Annual report of the Punjab Veterinary College and of the Civil Veterinary Department, Punjab - 1926-1932
Year: 1926
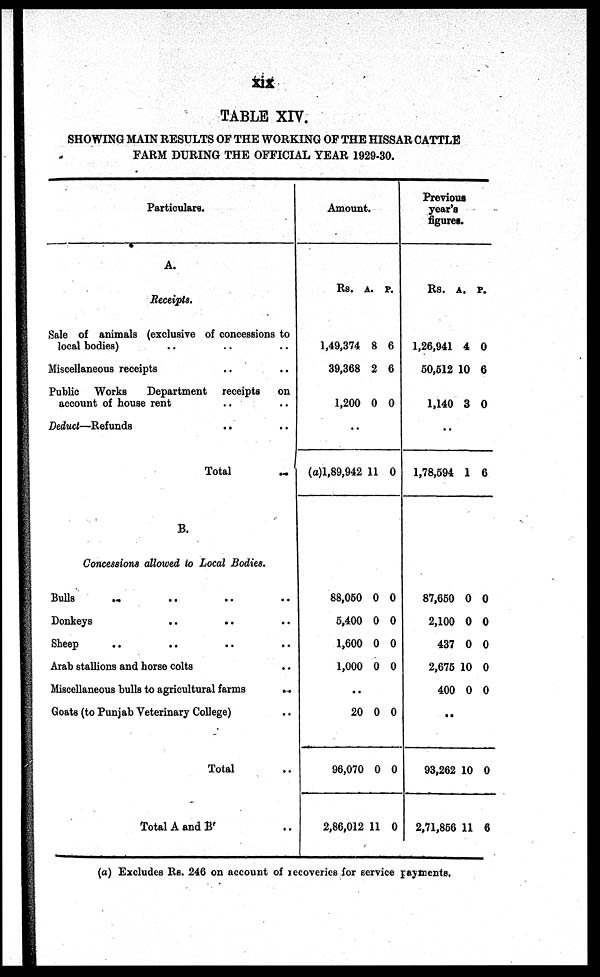
xix
TABLE XIV.
SHOWING MAIN RESULTS OF THE WORKING OF THE HISSAR CATTLE
FARM DURING THE OFFICIAL YEAR 1929-30.
Particulars.
A.
Receipts.
Sale of animals (exclusive of concessions to
local bodies) .. .. ..
Miscellaneous receipts .. ..
Public Works
Department receipts on
account of house rent .. ..
Deduct—Refunds
.. ..
Total
..
B.
Concessions allowed to Local Bodies.
Bulls .. .. .. ..
Donkeys
..
..
..
Sheep .. .. .. ..
Arab stallions and horse colts ..
Miscellaneous bulls to agricultural farms
..
Goats (to Punjab Veterinary College) ..
Total ..
Total A and B ..
Amount.
Rs.
1,49,374
39,368
1,200
A.
8
2
0
P.
6
6
0
..
(a)1,89,942
88,050
5,400
1,600
1,000
11
0
0
0
0
0
0
0
0
0
..
20
96,070
2,86,012
0
0
11
0
0
0
Previous
year's
figures.
Rs.
1,26,941
50,512
1,140
A.
4
10
3
P.
0
6
0
..
1,78,594
87,650
2,100
437
2,675
400
1
0
0
0
10
0
6
0
0
0
0
0
..
93,262
2,71,856
10
11
0
6
(a) Excludes Rs. 246 on account of recoveries for service payments.